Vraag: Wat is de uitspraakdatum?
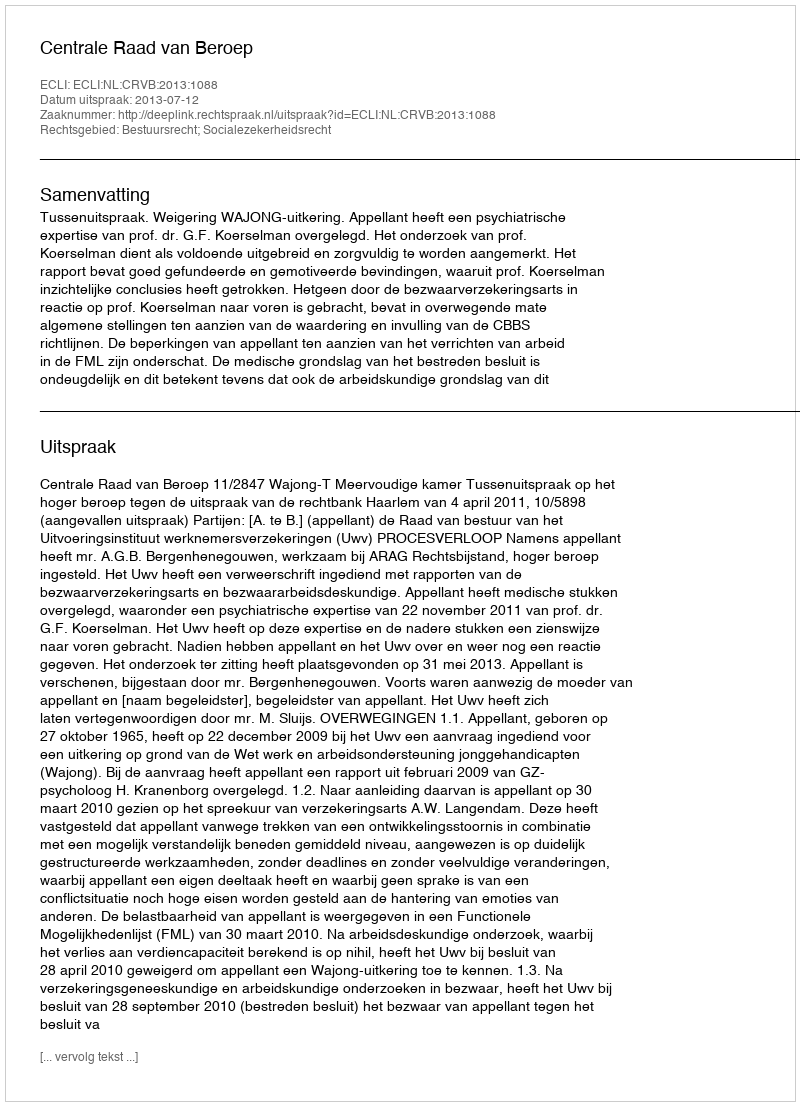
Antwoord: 2013-07-12